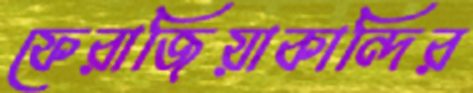
ফেরাজিয়াকান্দির